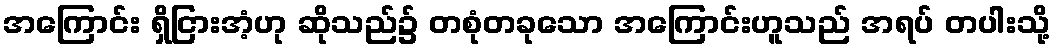
အကြောင်း ရှိငြားအံ့ဟု ဆိုသည်၌ တစုံတခုသော အကြောင်းဟူသည် အရပ် တပါးသို့